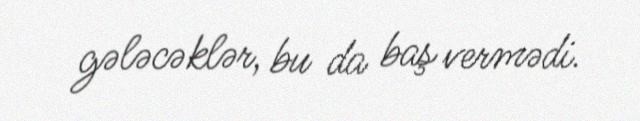
gələcəklər, bu da baş vermədi.